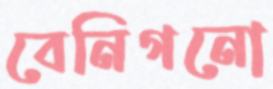
বেনিগনো